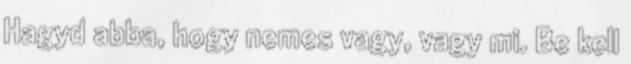
Hagyd abba, hogy nemes vagy, vagy mi. Be kell